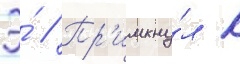
Э́ // Пр'имкну́л к